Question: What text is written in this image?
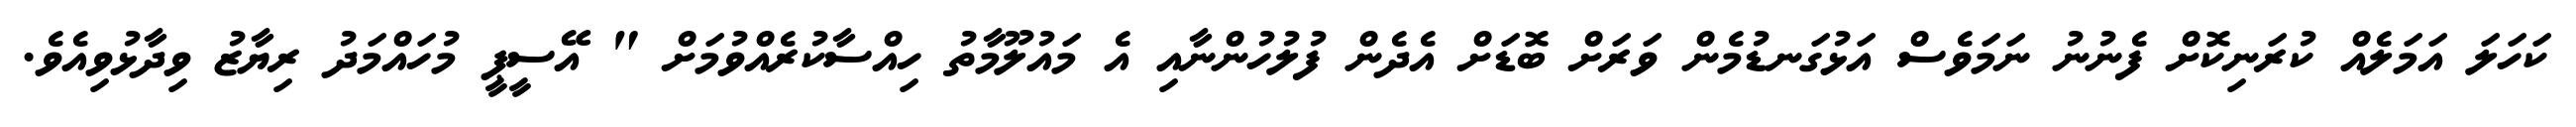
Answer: ކަހަލަ އަމަލެއް ކުރަނިކޮށް ފެނުނު ނަމަވެސް އަޅުގަނޑުމެން ވަރަށް ބޮޑަށް އެދެން ފުލުހުންނާއި އެ މައުލޫމާތު ހިއްސާކުރެއްވުމަށް " އޭސީޕީ މުހައްމަދު ރިޔާޒު ވިދާޅުވިއެވެ.